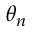
\theta _ { n }